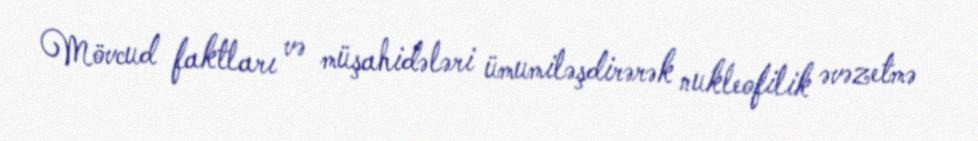
Mövcud faktları və müşahidələri ümumiləşdirərək nukleofilik əvəzetmə